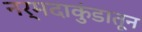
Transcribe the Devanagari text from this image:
नर्मदाकुंडातून